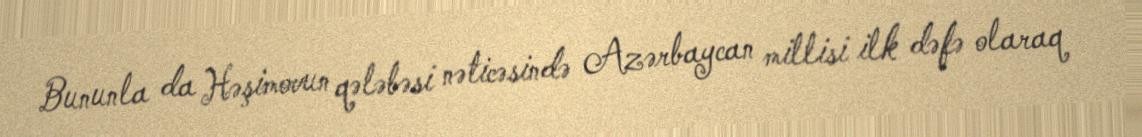
Bununla da Həşimovun qələbəsi nəticəsində Azərbaycan millisi ilk dəfə olaraq